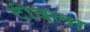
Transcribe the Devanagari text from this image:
टीवला